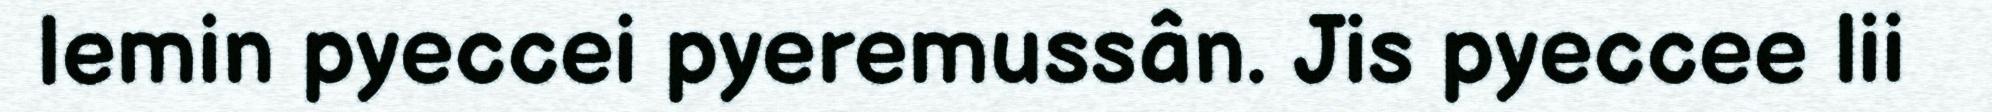
lemin pyeccei pyeremussân. Jis pyeccee lii